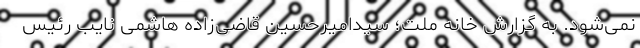
نمی‌شود. به گزارش خانه ملت؛ سیدامیرحسین قاضی‌زاده هاشمی نایب رئیس